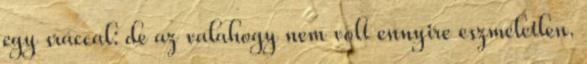
egy sráccal: de az valahogy nem volt ennyire eszméletlen.